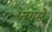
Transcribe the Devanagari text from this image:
नगमें